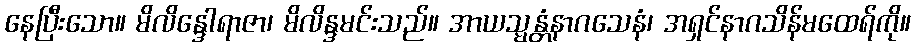
နေပြီးသော။ မိလိန္ဒေါရာဇာ၊ မိလိန္ဒမင်းသည်။ အာယသ္မန္တံနာဂသေနံ၊ အရှင်နာဂသိန်မထေရ်ကို။